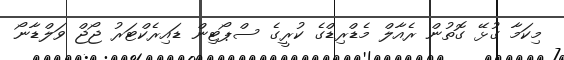
މިކަމާ ގުޅޭ ގޮތުން ރެއާލް މެޑްރިޑްގެ ކުރީގެ ސްޕޯޓިން ޑައިރެކްޓަރު ޖޯޖް ވަލްޑާނޯ